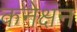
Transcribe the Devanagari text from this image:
कनेक्षन